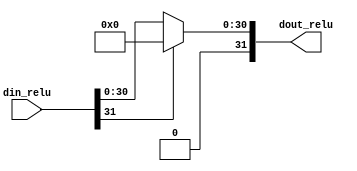
`timescale 1ns / 1ps
module relu(
    input [31:0] din_relu,
    output [31:0] dout_relu
    );
    assign dout_relu = (din_relu[31] == 0)? din_relu : 0;
endmodule